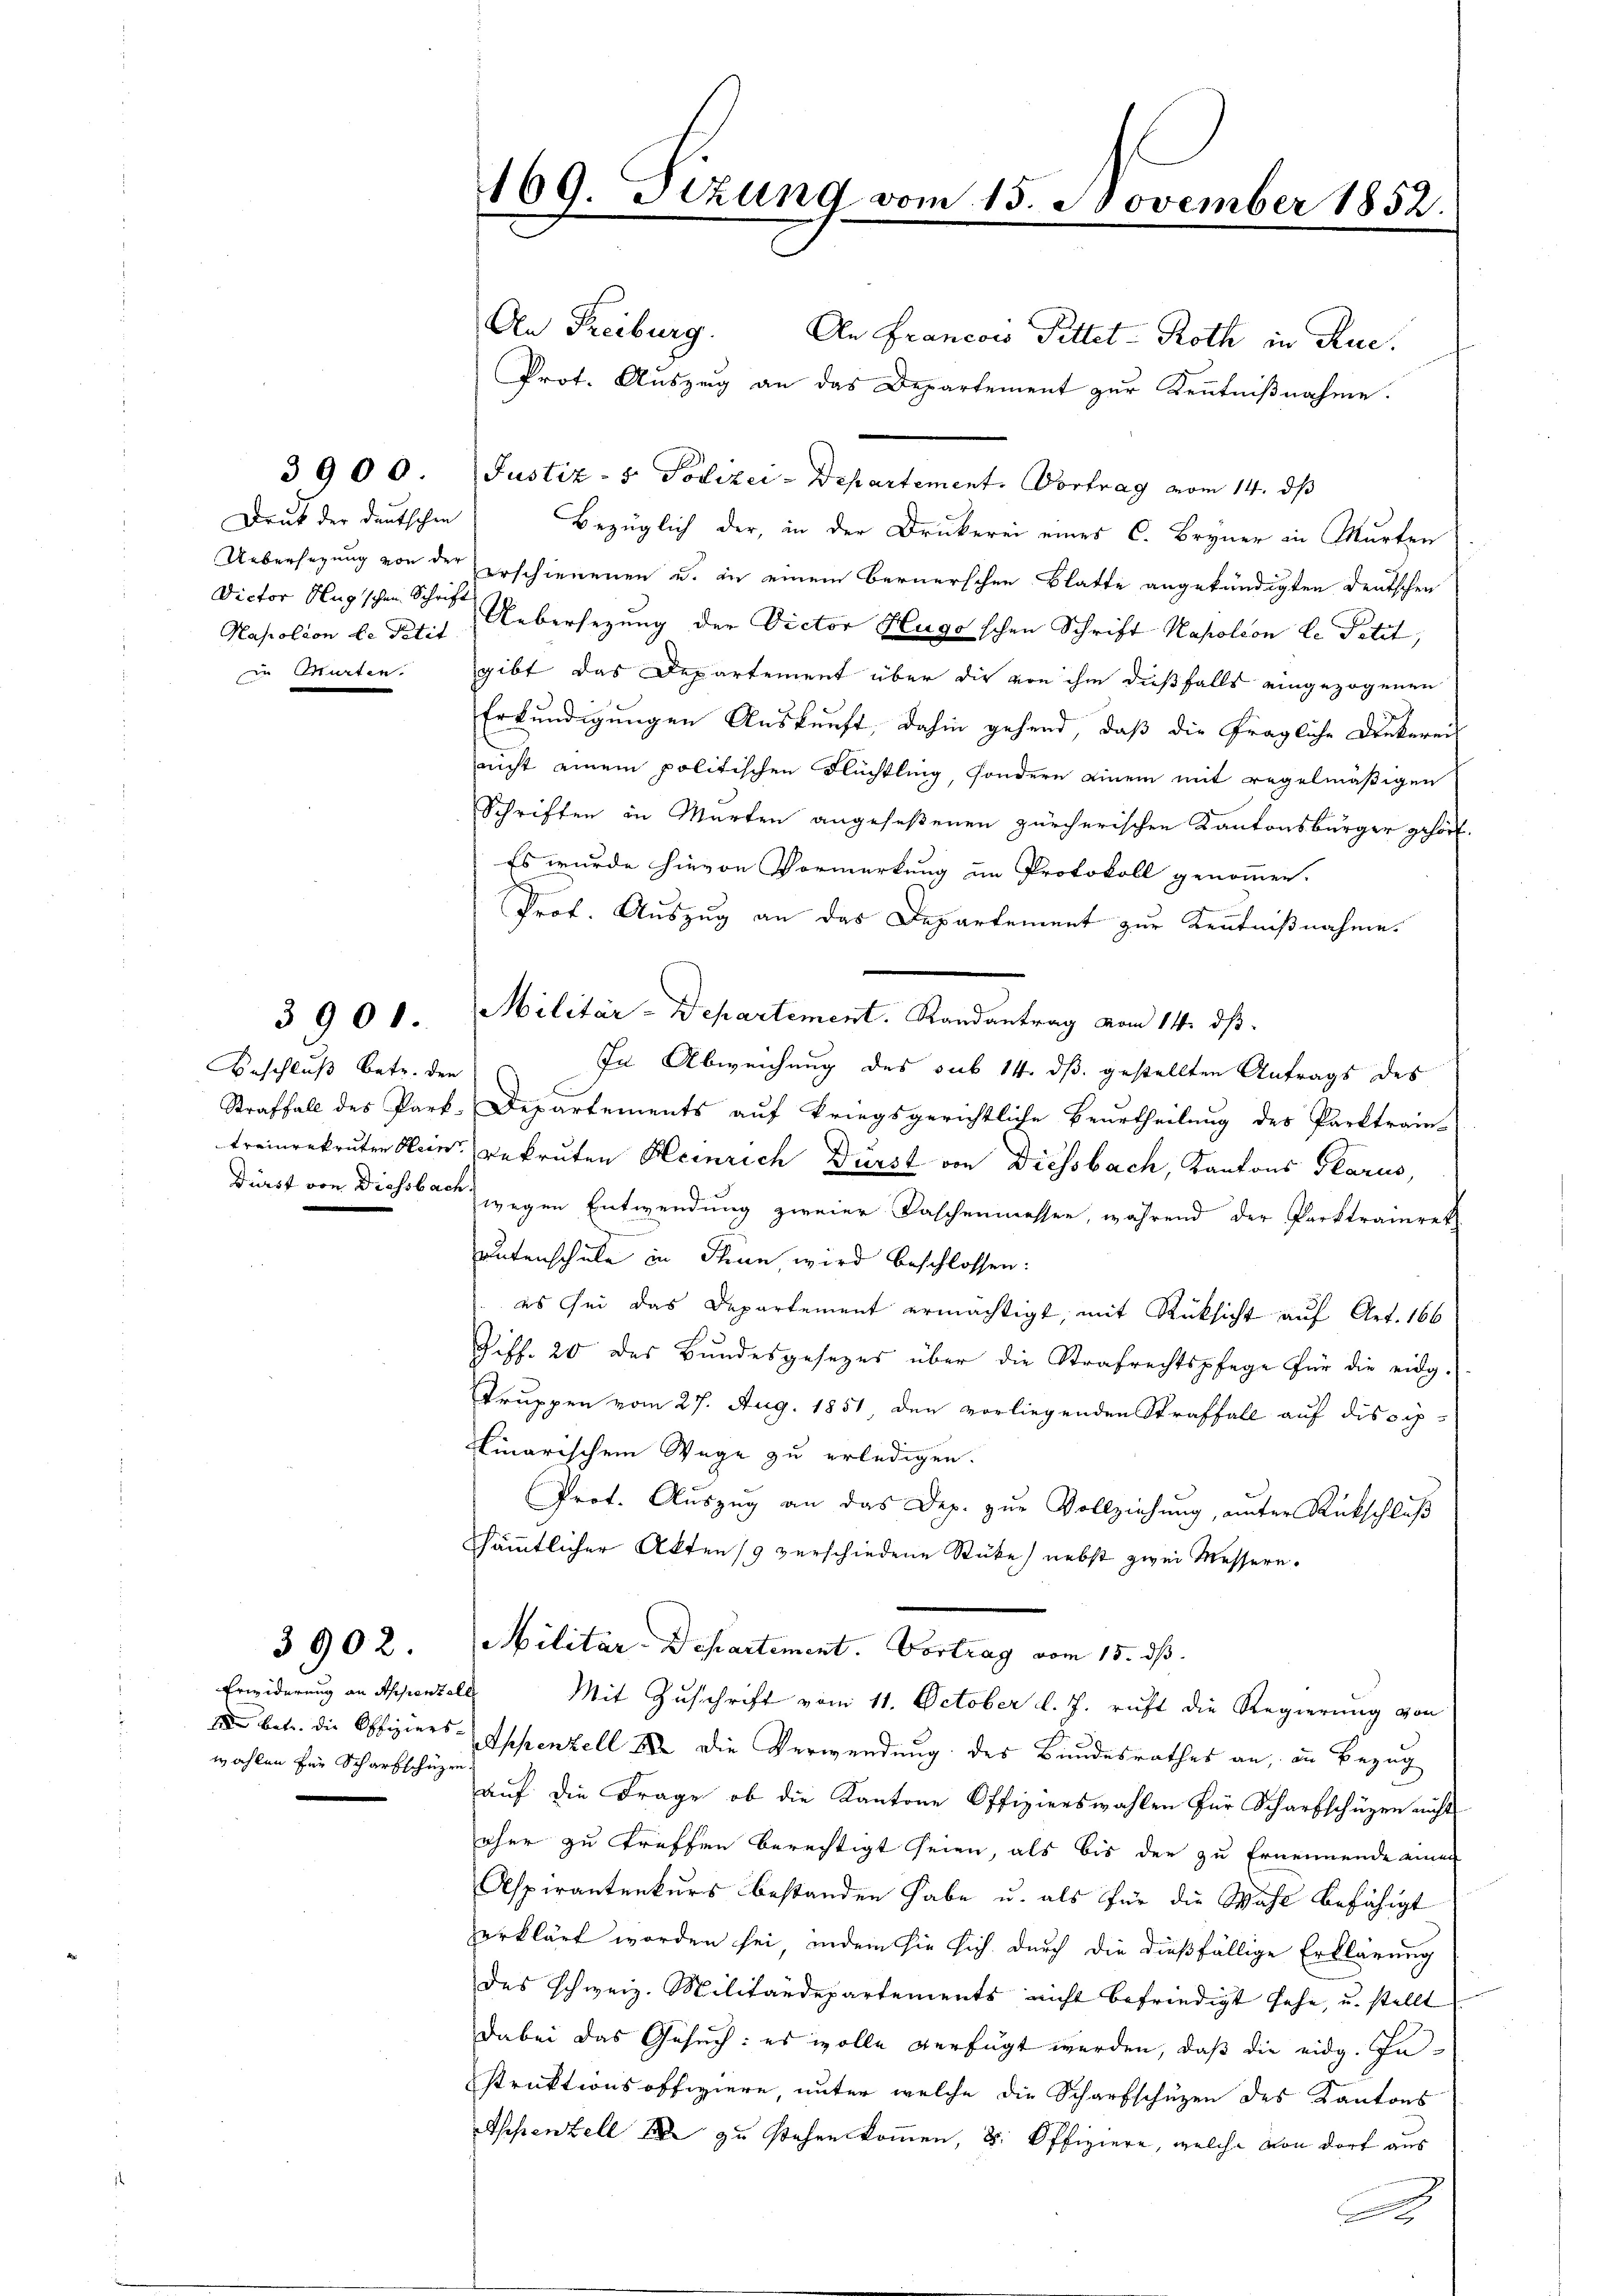
Druk der deutschen
Dictor Hug'schen Schrift
in Murten.

3900

Beschluß betr. den

3901.

3902.

Erwiderung an Appenzell
wahlen für Scharfschüzen

169. Sizung vom 15. November 1852.
e

An Freiburg. An Francow Fittet - Roth in Rue,
Prot. Aŭszŭg an das Departement zur Kenntnißnahme.
Justiz- & Polizei-Departement. Vortrag vom 14. dß
Bezüglich der, in der Druckerei eines C. Bryner in Murten
Uebersezung von der erschienenen u. in einem Bernerschen Blatte angekündigten Deutschen
Kapolion d. Mit Uebersezung der Victor Hugo'schen Schrift Napoleon le Petit,
gibt das Departement über die von ihm dießfalls eingezogenen
Erkundigungen Auskunft, dahin gehend, daß die fragliche Denkerei
nicht einem politischen Flüchtling, sondern einem mit regelmäßigen
Schriften in Marten angeseßenen zürcherischen Kantonsbürger gehört.
Es wurde hievon Vormerkung im Protokoll genommen.
Prof. Auszug an das Departement zur Kenntnißnahme.
Militär-Departement. Randantrag vom 14. dß.
In Abweichung des sub 14. ds gestellten Antrags des
Straffall des Park-Departements auf kriegsgerichtliche Beurtheilung des Parktrain-
treinrekruten Klein Bekruten Heinrich Dürst von Diessbach, Kantons Glarus,
Dürst von Diessbach gegen Entwendung zweier Faschenmessen, während der Parktrairet
autenschule in Thun, wird beschlossen:
es sei das Departement ermächtigt, mit Rücksicht auf Art. 166
Giff. 20 des Bundesgesezes über die Strafrechtspfege für die eidg.
Truppen vom 27. Aug. 1851 den vorliegenden Straffall auf discip-
Sinarischem Wege zu erledigen.
Prot. Auszug an das Dep. zur Vollziehung, unter Rückschluß
Säṁtlicher Akten 19 verschiedene Stüke) nebst zwei Messern.
Militär-Departement. Vortrag vom 15. ds.
Mit Zuschrift vom 11. October l. J. ruft die Regierung von
1 betr. die Offiziers-Appenzell an die Verwendung des Bundesrathes an, in Bezug
auf die Frage, ob die Kantone Offizierswahlen für Scharfschüzen nicht
oher zu treffen berechtigt seien, als bis der zu Ernennende einer
Aspirantenkurs bestanden habe u. als für die Wahl befähigt
erklärt worden sei, indem sie sich durch die dießfällige Erklärung
des schweiz. Militärdepartements nicht befriedigt sehe, u. stellt
dabei das Gesuch: es wolle verfügt werden, daß die eidg. Instruktionsoffiziere, unter welche die Scharfschüzen des Kantons
Appenzell 10 zu stehen kommen, u. Offiziere, welche von dort aus
S